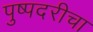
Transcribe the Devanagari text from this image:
पुष्पदरीचा